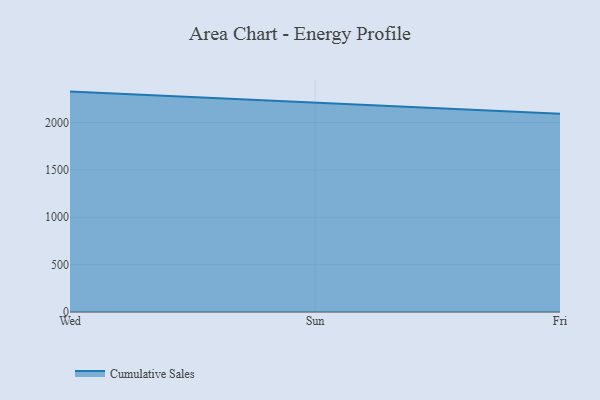
{"axis": {"x": "Day", "y": "Churn Rate (%)"}, "legend": ["Cumulative Sales"], "data": [{"x": "Wed", "y": 2326.5, "type": "Cumulative Sales"}, {"x": "Sun", "y": 2208.8, "type": "Cumulative Sales"}, {"x": "Fri", "y": 2093.3, "type": "Cumulative Sales"}]}